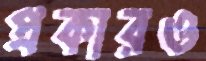
প্রকারও